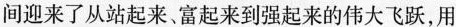
间迎来了从站起来。富起来到强起来的伟大飞跃，用